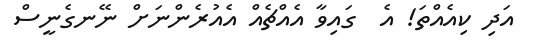
އަދި ކިއެއްތަ! އެ  ގައިވާ އެއްޗެއް އެއުރެންނަށް ނޭނގެނީސް